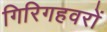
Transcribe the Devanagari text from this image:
गिरिगहवरों